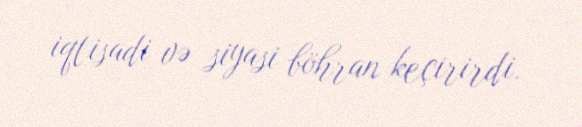
iqtisadi və siyasi böhran keçirirdi.